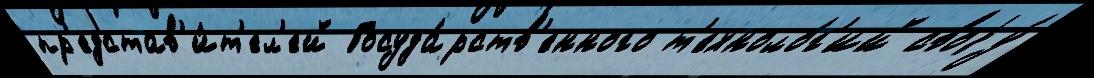
пр'едстав'и́т'ел'ей Госуда́рств'енного т'ехноло́г'ий своjу́